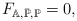
\begin{align*} F_{\mathbb{A},\bar{\mathbb{P}},\mathbb{P}}=0,\end{align*}